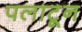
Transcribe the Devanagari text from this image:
पलाटून